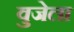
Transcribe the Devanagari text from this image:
वुजेला